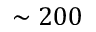
\sim 2 0 0